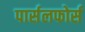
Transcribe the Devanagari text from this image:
पार्सलफोर्स